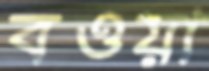
বওয়া